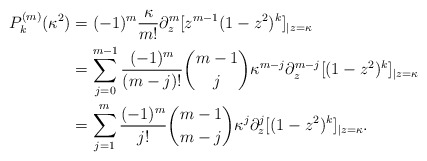
\begin{align*}P_k^{(m)}(\kappa^2) &= (-1)^m \frac{\kappa}{m!}\partial_z^m[z^{m-1}(1-z^2)^k]_{|z = \kappa} \\& = \sum_{j=0}^{m-1} \frac{(-1)^m}{(m-j)!}\binom{m-1}{j}\kappa^{m-j}\partial_z^{m-j}[(1-z^2)^k]_{|z=\kappa}\\& = \sum_{j=1}^{m} \frac{(-1)^m}{j!}\binom{m-1}{m-j}\kappa^{j}\partial_z^{j}[(1-z^2)^k]_{|z=\kappa}.\end{align*}